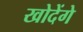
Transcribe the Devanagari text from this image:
खोदेंगे